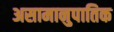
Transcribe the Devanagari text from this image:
असामानुपातिक